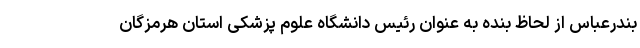
بندرعباس از لحاظ بنده به عنوان رئیس دانشگاه علوم پزشکی استان هرمزگان